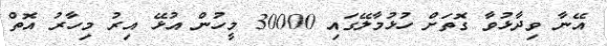
އޭނާ ވިދާޅުވާ ގޮތަށް ހުޅުމާލޭގައި 30000 މީހުން އުޅޭ އިރު މިހާރު އޮތް